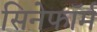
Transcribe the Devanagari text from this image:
सिनेफॉर्म